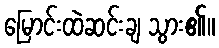
မြောင်းထဲဆင်းချ သွား၏။